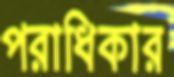
পরাধিকার